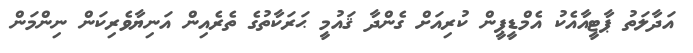
އަދާލަތު ޕާޓީއާއެކު އެމްޑީޕީން ކުރިއަށް ގެންދާ ޤައުމީ ޙަރަކާތުގެ ތެރެއިން އަނިޔާވެރިކަން ނިންމަން